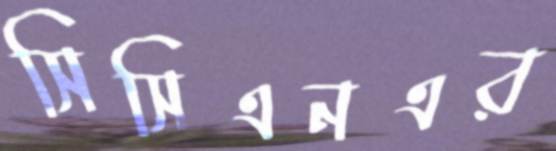
সিসিএনএর